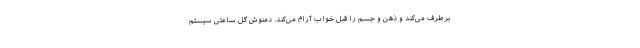
برطرف می‌کند و ذهن و جسم را قبل خواب آرام می‌کند. دمنوش گل ساعتی سیستم